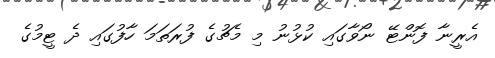
އެރީނާ ފޮންޓޭ ނޯވާގައި ކުޅުނު މި މެޗުގެ ފުރަތަމަ ހާފުގައި ދެ ޓީމުގެ